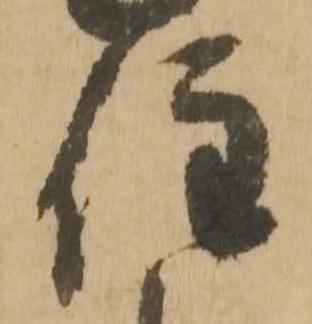
住